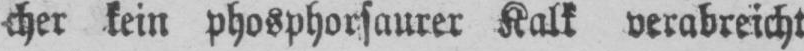
cher kein phosphorsaurer Kalk verabreicht